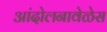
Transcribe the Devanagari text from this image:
आंदोलनावेळेस